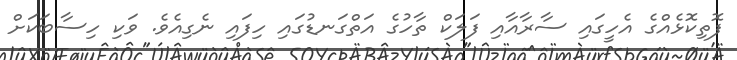
ފޮތިކޮޅެއްގެ އެހީގައި ސާރާއާއި ފަލަކް ތާހުގެ އަތްގަނޑުގައި ހިފައި ނެގިއެވެ. ވަކި ހިސާބަކަށް